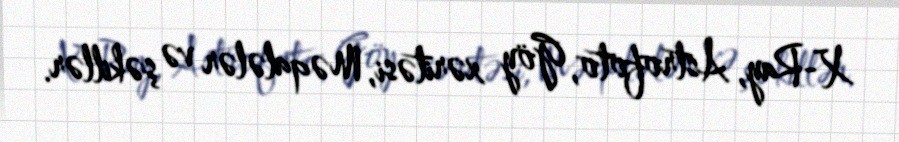
X-Ray, Astrofoto, Göy xəritəsi, Məqalələr və şəkillər.